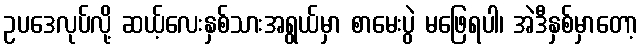
ဥပဒေလုပ်လို့ ဆယ့်လေးနှစ်သားအရွယ်မှာ စာမေးပွဲ မဖြေရပါ၊ အဲဒီနှစ်မှာတော့